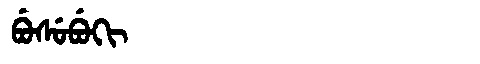
Manchu: ᠪᡠᠰᡠᠪᡠᡴᡳ
Romanization: BUSUBUKI